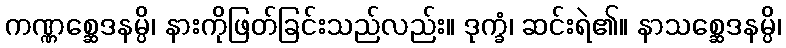
ကဏ္ဏစ္ဆေဒနမ္ပိ၊ နားကိုဖြတ်ခြင်းသည်လည်း။ ဒုက္ခံ၊ ဆင်းရဲ၏။ နာသစ္ဆေဒနမ္ပိ၊